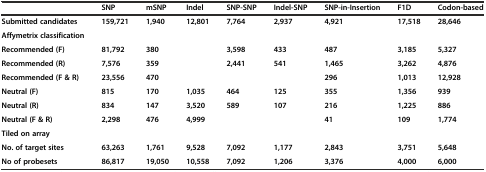
<table><thead><tr><td></td><td><b>SNP</b></td><td><b>mSNP</b></td><td><b>Indel</b></td><td><b>SNP-SNP</b></td><td><b>Indel-SNP</b></td><td><b>SNP-in-Insertion</b></td><td><b>F1D</b></td><td><b>Codon-based</b></td></tr></thead><tbody><tr><td><b>Submitted candidates</b></td><td><b>159,721</b></td><td><b>1,940</b></td><td><b>12,801</b></td><td><b>7,764</b></td><td><b>2,937</b></td><td><b>4,921</b></td><td><b>17,518</b></td><td><b>28,646</b></td></tr><tr><td><b>Affymetrix classification</b></td><td></td><td></td><td></td><td></td><td></td><td></td><td></td><td></td></tr><tr><td><b>Recommended (F)</b></td><td><b>81,792</b></td><td><b>380</b></td><td></td><td><b>3,598</b></td><td><b>433</b></td><td><b>487</b></td><td><b>3,185</b></td><td><b>5,327</b></td></tr><tr><td><b>Recommended (R)</b></td><td><b>7,576</b></td><td><b>359</b></td><td></td><td><b>2,441</b></td><td><b>541</b></td><td><b>1,465</b></td><td><b>3,262</b></td><td><b>4,876</b></td></tr><tr><td><b>Recommended (F &amp; R)</b></td><td><b>23,556</b></td><td><b>470</b></td><td></td><td></td><td></td><td><b>296</b></td><td><b>1,013</b></td><td><b>12,928</b></td></tr><tr><td><b>Neutral (F)</b></td><td><b>815</b></td><td><b>170</b></td><td><b>1,035</b></td><td><b>464</b></td><td><b>125</b></td><td><b>355</b></td><td><b>1,356</b></td><td><b>939</b></td></tr><tr><td><b>Neutral (R)</b></td><td><b>834</b></td><td><b>147</b></td><td><b>3,520</b></td><td><b>589</b></td><td><b>107</b></td><td><b>216</b></td><td><b>1,225</b></td><td><b>886</b></td></tr><tr><td><b>Neutral (F &amp; R)</b></td><td><b>2,298</b></td><td><b>476</b></td><td><b>4,999</b></td><td></td><td></td><td><b>41</b></td><td><b>109</b></td><td><b>1,774</b></td></tr><tr><td><b>Tiled on array</b></td><td></td><td></td><td></td><td></td><td></td><td></td><td></td><td></td></tr><tr><td><b>No. of target sites</b></td><td><b>63,263</b></td><td><b>1,761</b></td><td><b>9,528</b></td><td><b>7,092</b></td><td><b>1,177</b></td><td><b>2,843</b></td><td><b>3,751</b></td><td><b>5,648</b></td></tr><tr><td><b>No of probesets</b></td><td><b>86,817</b></td><td><b>19,050</b></td><td><b>10,558</b></td><td><b>7,092</b></td><td><b>1,206</b></td><td><b>3,376</b></td><td><b>4,000</b></td><td><b>6,000</b></td></tr></tbody></table>